Leningradi_Edasi_toimetus, lk 54
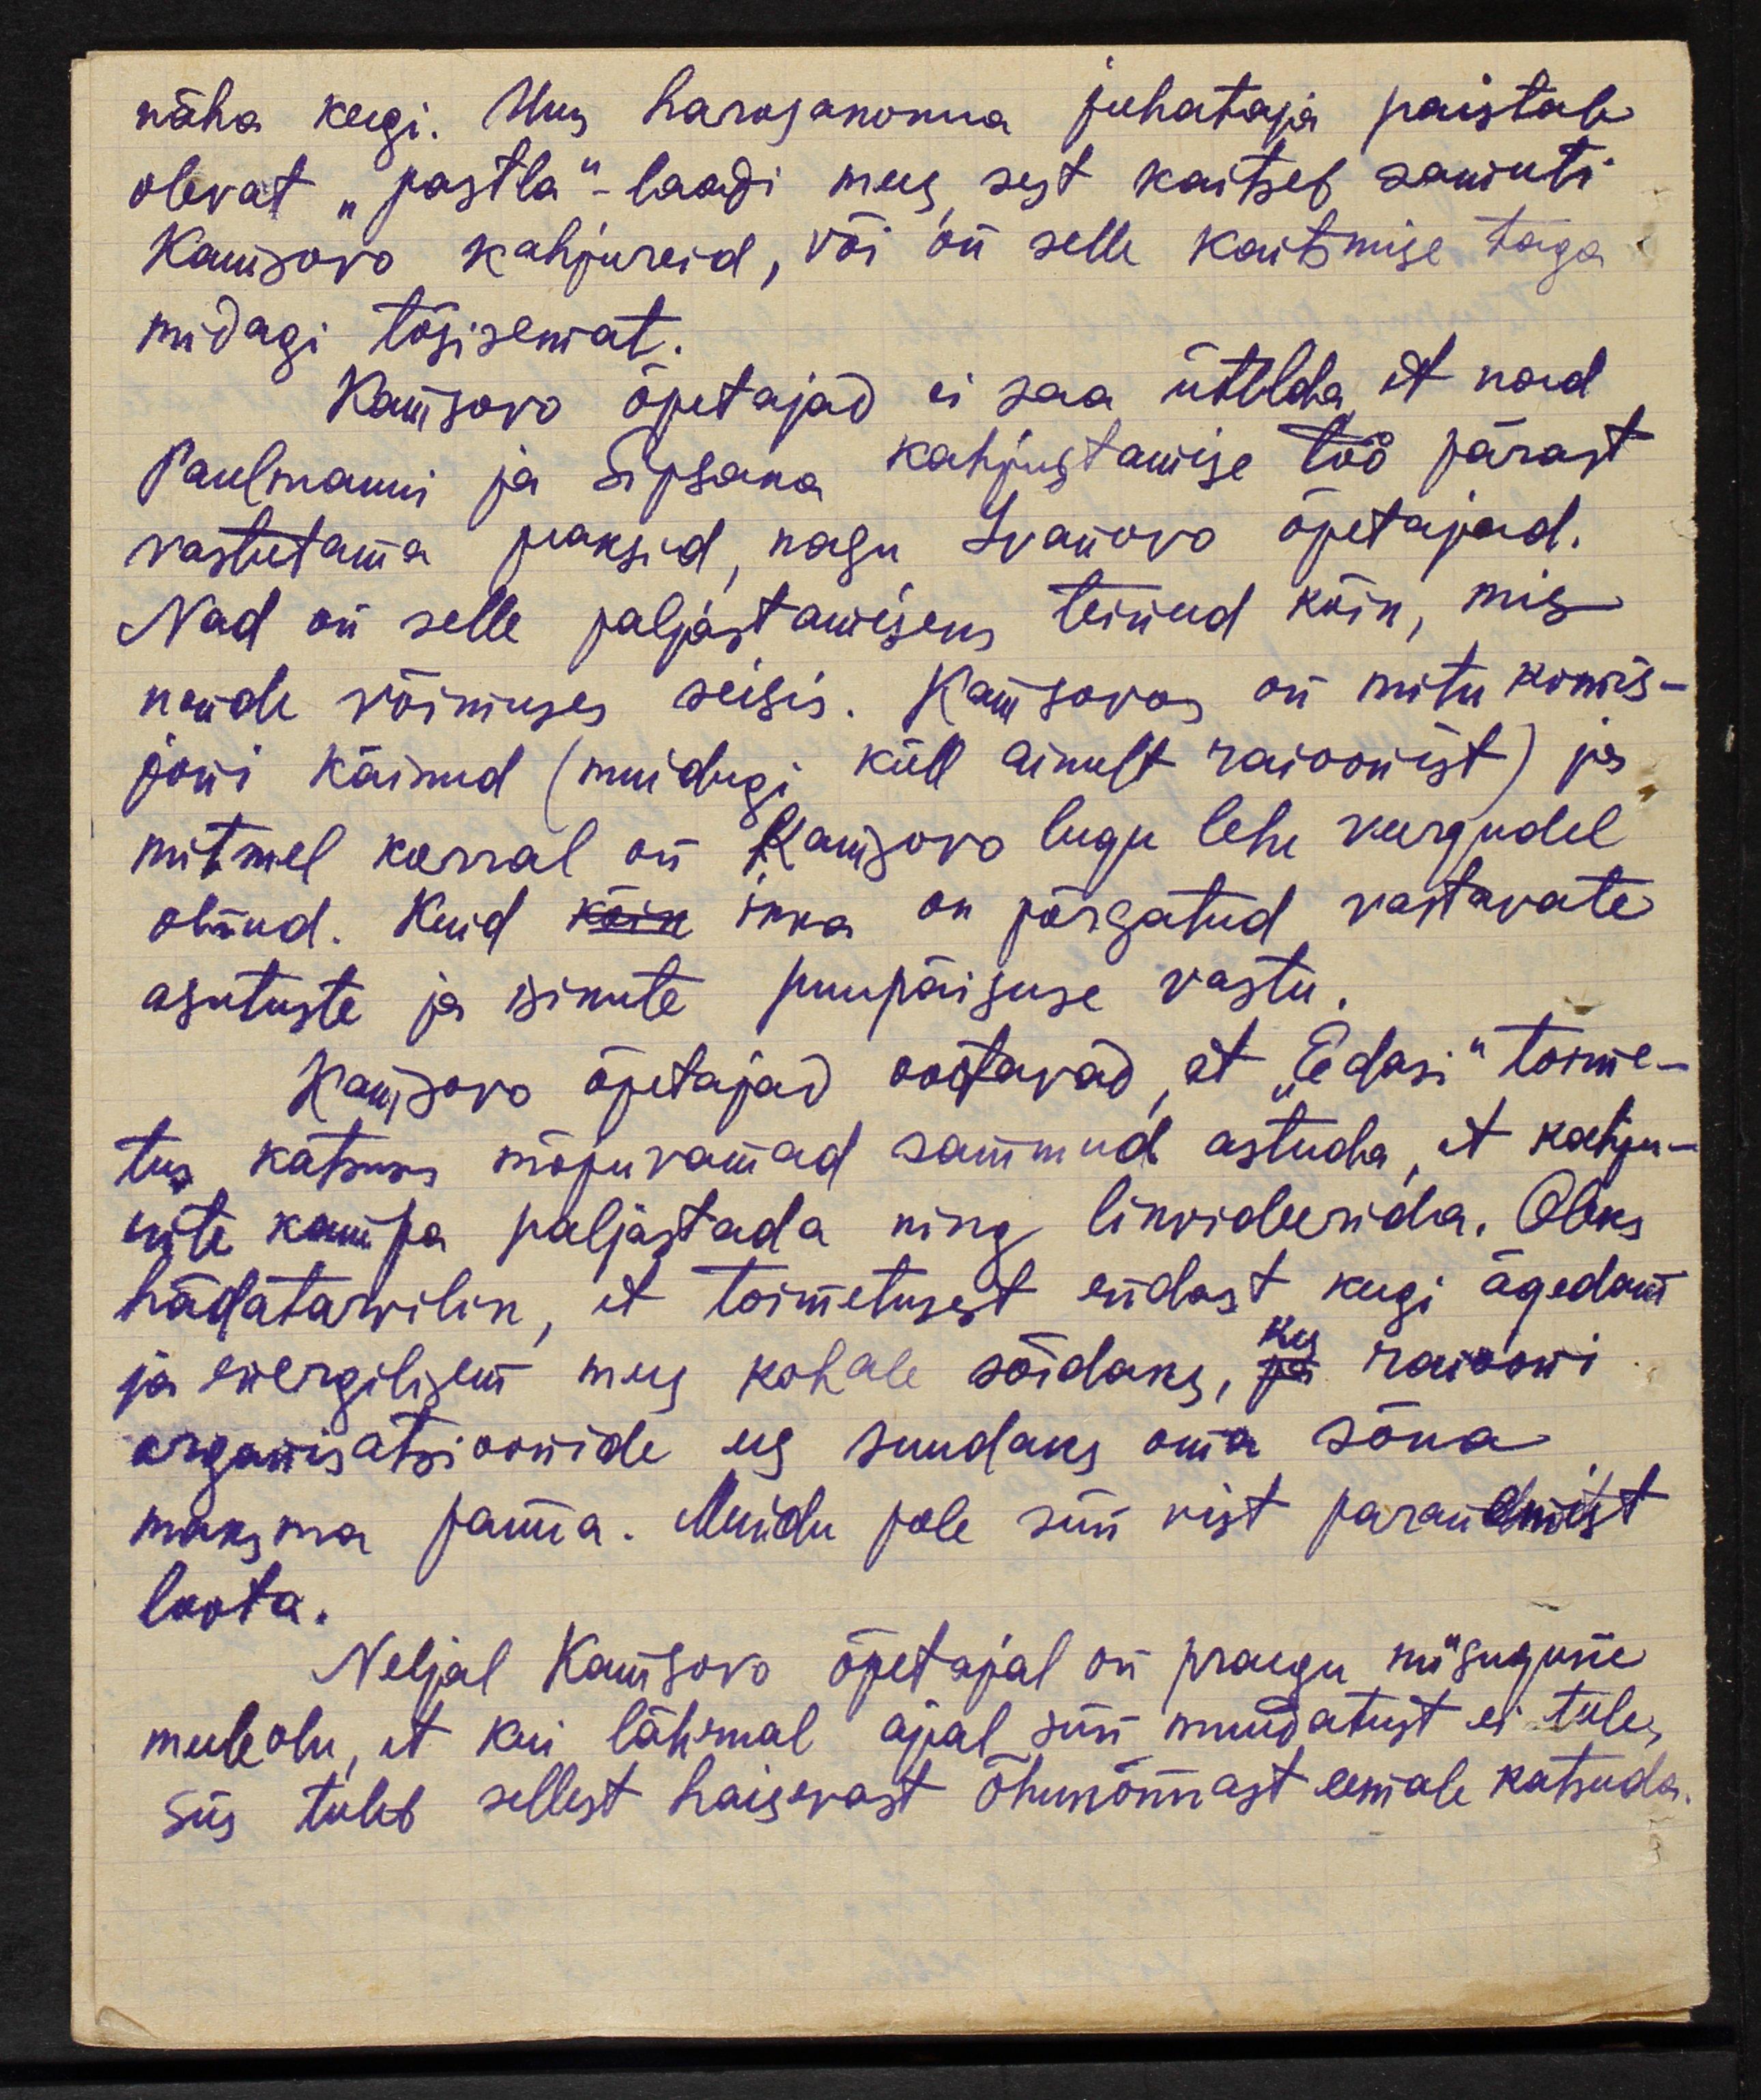
näha keegi. Uus harosakonna juhataja paistab
olevat "pastla"-laadi mees sest kaitseb samuti
Kamsovo kahjureid, või on selle kaitsmise taga
midagi tõsisemat.
Kamsovo õpetajad ei saa ütelda, et vaid
Paulmanni ja Sipsaka kahjustamise töö pärast
vastutama peaksid, nagu Ivanovo õpetajad.
Nad on selle paljastamiseks teinud kõik, mis
nende võimuses seisis. Kamsovos on mitu komis-
joni käinud (muidugi küll ainult raioonist) ja
mitmel korral on Kamsovo lugu lehe veergudel
olnud. Kuid kõik ikka on põrgatud vastavate
asutuste ja isikute puupäisuse vastu.
Kamsovo õpetajad oootavad, et "Edasi" toime-
tus katsuks mõjuvamad sammud astuda, et kahju-
rite kampa paljastada ning likvideerida. Oleks
hädatarvilik, et toimetusest endast keegi ägedam
ja energilisem mees kohale sõidaks, ja kes raiooni
organisatsioonide ees suudaks oma sõna
maksma panna. Muidu pole siin vist paranemist
loota.
Neljal Kamsovo õpetajal on praegu niisugune
meeleolu, et kui lähemal ajal siin muudatust ei tule,
siis tuleb sellest haisevast õhukonnast eemale katsuda.